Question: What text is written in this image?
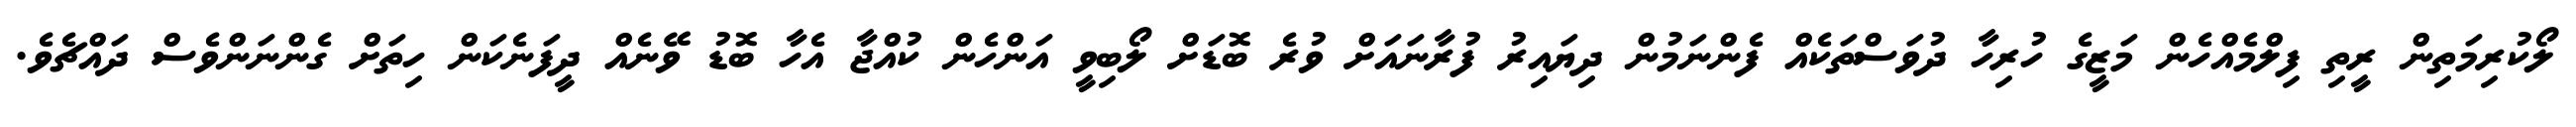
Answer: ލޯކުރިމަތިން ރީތި ފިލްމެއްހެން މަޒީގެ ހުރިހާ ދުވަސްތަކެއް ފެންނަމުން ދިޔައިރު ފުރާނައަށް ވުރެ ބޮޑަށް ލޯބިވީ އަންހެން ކުއްޖާ އެހާ ބޮޑު ވޭނެއް ދީފަނެކަން ހިތަށް ގެންނަންވެސް ދައްޗެވެ.